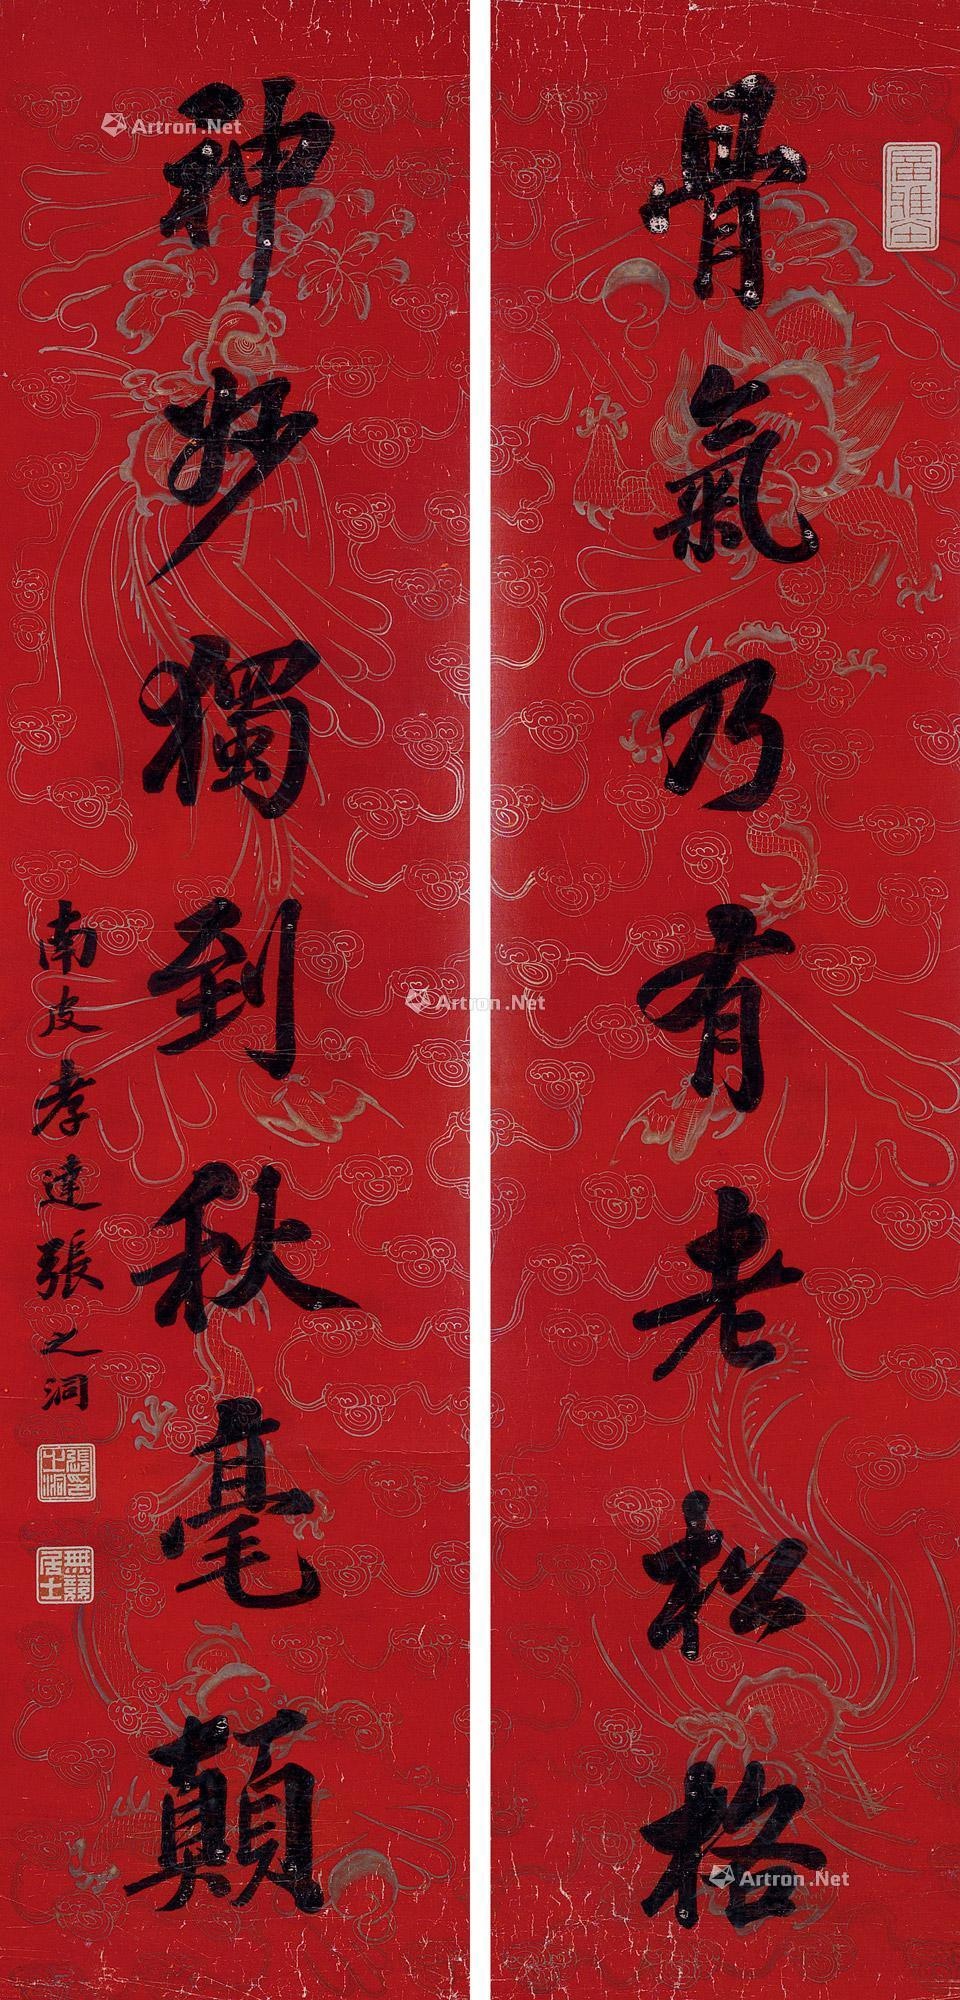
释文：骨气乃有老松格，神妙独到秋毫颠。南皮孝达张之洞。